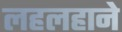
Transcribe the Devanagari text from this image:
लहलहाने